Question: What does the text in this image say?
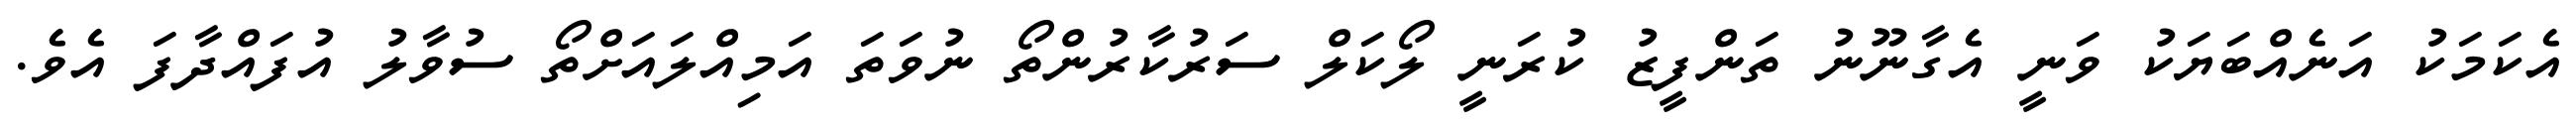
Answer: އެކަމަކު އަނެއްބަޔަކު ވަނީ އެގާނޫނު ތަންފީޒު ކުރަނީ ލޯކަލް ސަރުކާރުންތޯ ނުވަތަ އަމިއްލައަށްތޯ ސުވާލު އުފައްދާފަ އެވެ.